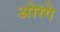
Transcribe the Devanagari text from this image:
ओरंगे